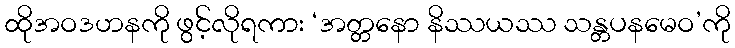
ထိုအဝဒဟနကို ဖွင့်လိုရကား ‘အတ္တနော နိဿယဿ သန္တပနမေဝ’ကို